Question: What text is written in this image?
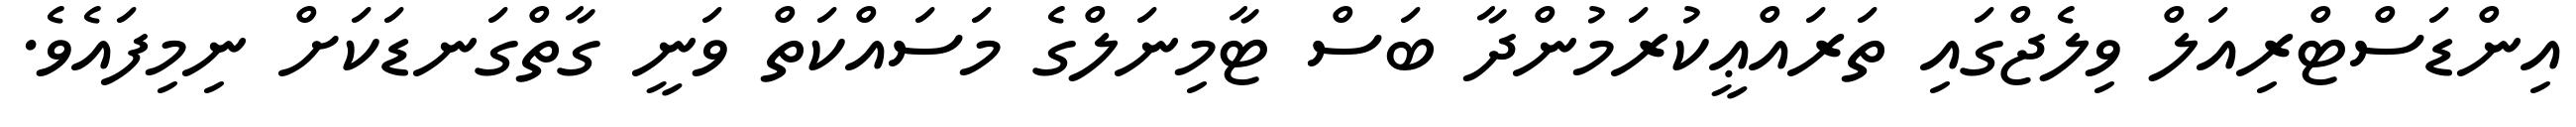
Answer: އިންޑަސްޓްރިއަލް ވިލެޖްގައި ތަރައްޢީކުރަމުންދާ ބަސް ޓާމިނަލްގެ މަސައްކަތް ވަނީ ގާތްގަނޑަކަށް ނިމިފައެވެ.